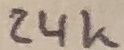
Text: 24K